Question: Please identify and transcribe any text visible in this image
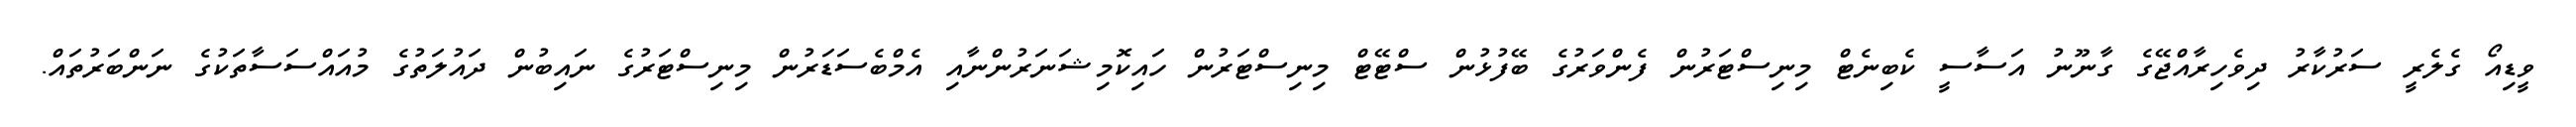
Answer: ވީޑިއޯ ގެލެރީ ސަރުކާރު ދިވެހިރާއްޖޭގެ ގާނޫނު އަސާސީ ކެބިނެޓް މިނިސްޓަރުން ފެންވަރުގެ ބޭފުޅުން ސްޓޭޓް މިނިސްޓަރުން ހައިކޮމިޝަނަރުންނާއި އެމްބެސަޑަރުން މިނިސްޓަރުގެ ނައިބުން ދައުލަތުގެ މުއައްސަސާތަކުގެ ނަންބަރުތައް.